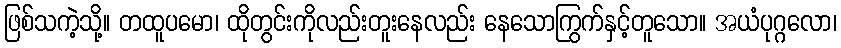
ဖြစ်သကဲ့သို့။ တထူပမော၊ ထိုတွင်းကိုလည်းတူးနေလည်း နေသောကြွက်နှင့်တူသော။ အယံပုဂ္ဂလော၊